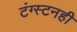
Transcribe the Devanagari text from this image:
टंग्स्टनही